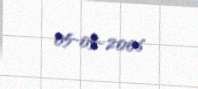
05-05-2006